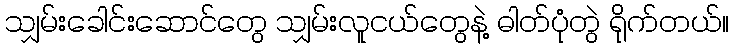
သျှမ်းခေါင်းဆောင်တွေ သျှမ်းလူငယ်တွေနဲ့ ဓါတ်ပုံတွဲ ရိုက်တယ်။